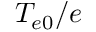
T _ { e 0 } / e